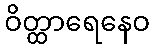
ဝိတ္ထာရေနေဝ